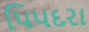
પિપદરા